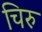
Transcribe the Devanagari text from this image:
चिरु